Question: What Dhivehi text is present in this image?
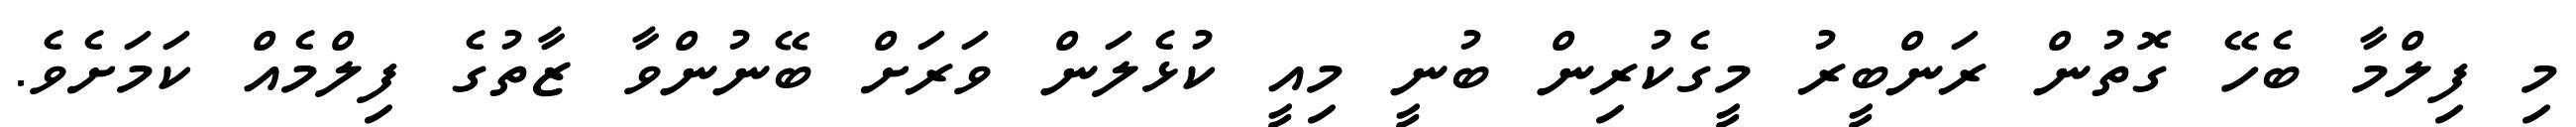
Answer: މި ފިލްމާ ބެހޭ ގޮތުން ރަންބީރު މީގެކުރިން ބުނީ މިއީ ކުޅެލަން ވަރަށް ބޭނުންވާ ޒާތުގެ ފިލްމެއް ކަމަށެވެ.